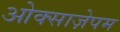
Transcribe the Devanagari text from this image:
ओक्साज़ेपम